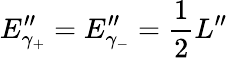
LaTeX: E_{\gamma_{+}}^{\prime\prime}=E_{\gamma_{-}}^{\prime\prime}={\frac{1}{2}}L^{\prime\prime}